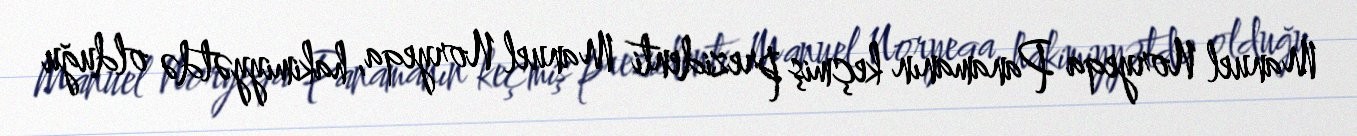
Manuel Noryeqa Panamanın keçmiş prezidenti Manuel Noryeqa, hakimiyyətdə olduğu